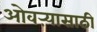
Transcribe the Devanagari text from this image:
ओवऱ्यासाठी